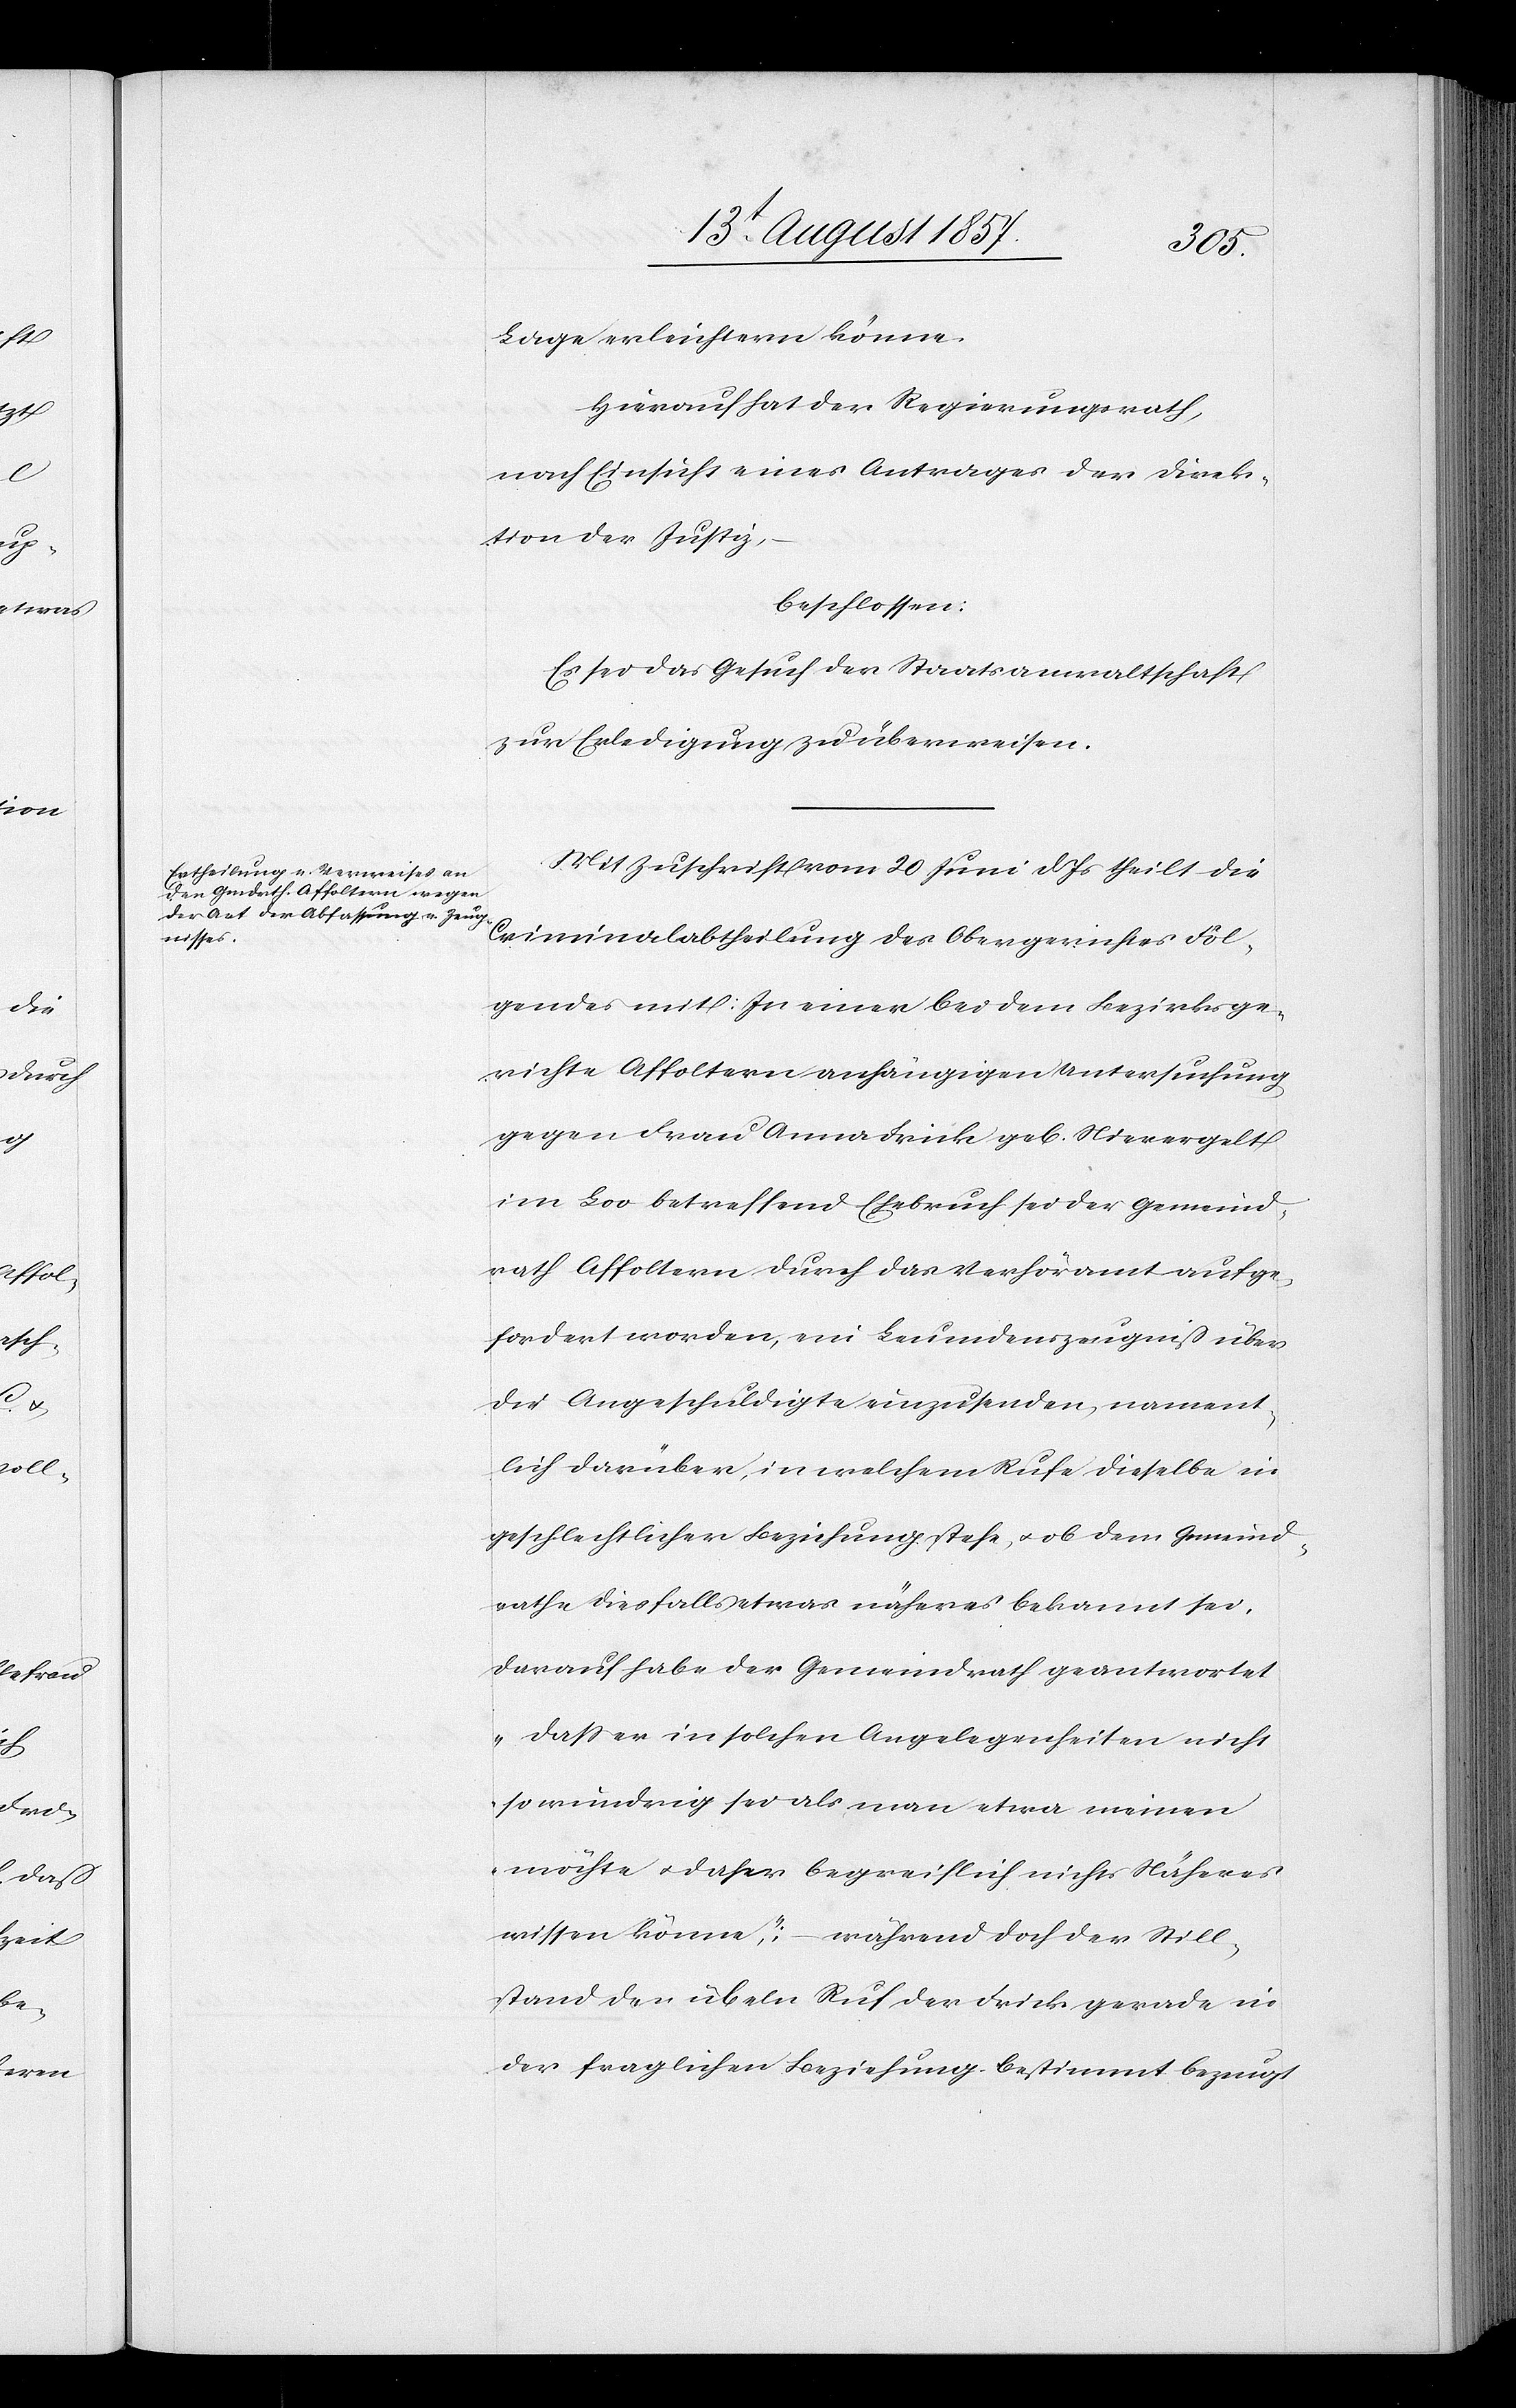
Lage erleichtern könne.
Hierauf hat der Regierungsrath,
nach Einsicht eines Antrages der Direk¬
tion der Justiz,
beschlossen:
Es sei das Gesuch der Staatsanwaltschaft
zur Erledigung zu überweisen.
Mit Zuschrift vom 20 Juni d. Js. theilt die
Criminalabtheilung des Obergerichtes Fol¬
gendes mit: In einer bei dem Bezirksge¬
richte Affoltern anhängigen Untersuchung
gegen Frau Anna Frick geb. Nievergelt
im Loo betreffend Ehebruch sei der Gemeind¬
rath Affoltern durch das Verhöramt aufge¬
fordert worden, ein Leumdenszeugniß über
die Angeschuldigte einzusenden, nament¬
lich darüber, in welchem Rufe dieselbe in
geschlechtlicher Beziehung stehe, & ob dem Gemeind¬
rathe diesfalls etwas näheres bekannt sei,
darauf habe der Gemeindrath geantwortet
„daß er in solchen Angelegenheiten nicht
so wundrig sei als man etwa meinen
möchte & daher begreiflich nichts Näheres
wissen könne“ – während doch der Still¬
stand den übeln Ruf der Frick gerade in
der fraglichen Beziehung bestimmt bezeugt